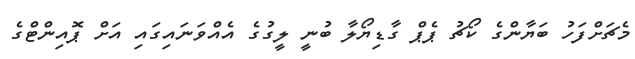
މެޗަށްފަހު ބަޔާންގެ ކޯޗު ޕެޕް ގާޑިޔޯލާ ބުނީ ލީގުގެ އެއްވަނައިގައި އަށް ޕޮއިންޓްގެ